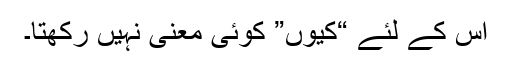
اس کے لئے “کیوں” کوئی معنی نہیں رکھتا۔